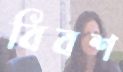
বিবশ